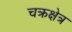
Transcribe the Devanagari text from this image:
चक्रक्षेत्र